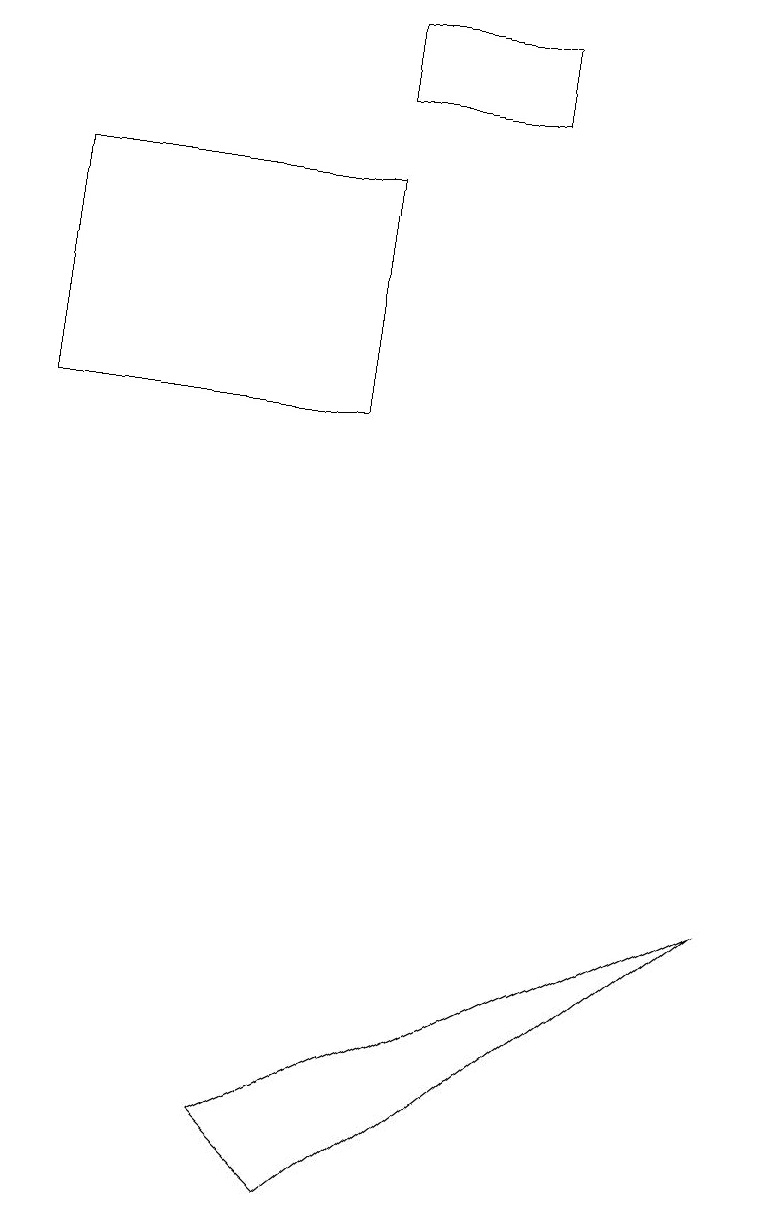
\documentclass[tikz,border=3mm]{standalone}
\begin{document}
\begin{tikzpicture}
\draw (4,16) rectangle (0,13);
\draw (3,4) -- (9,7) -- (4,3) -- cycle;
\draw (4,18) rectangle (6,17);
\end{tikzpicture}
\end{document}